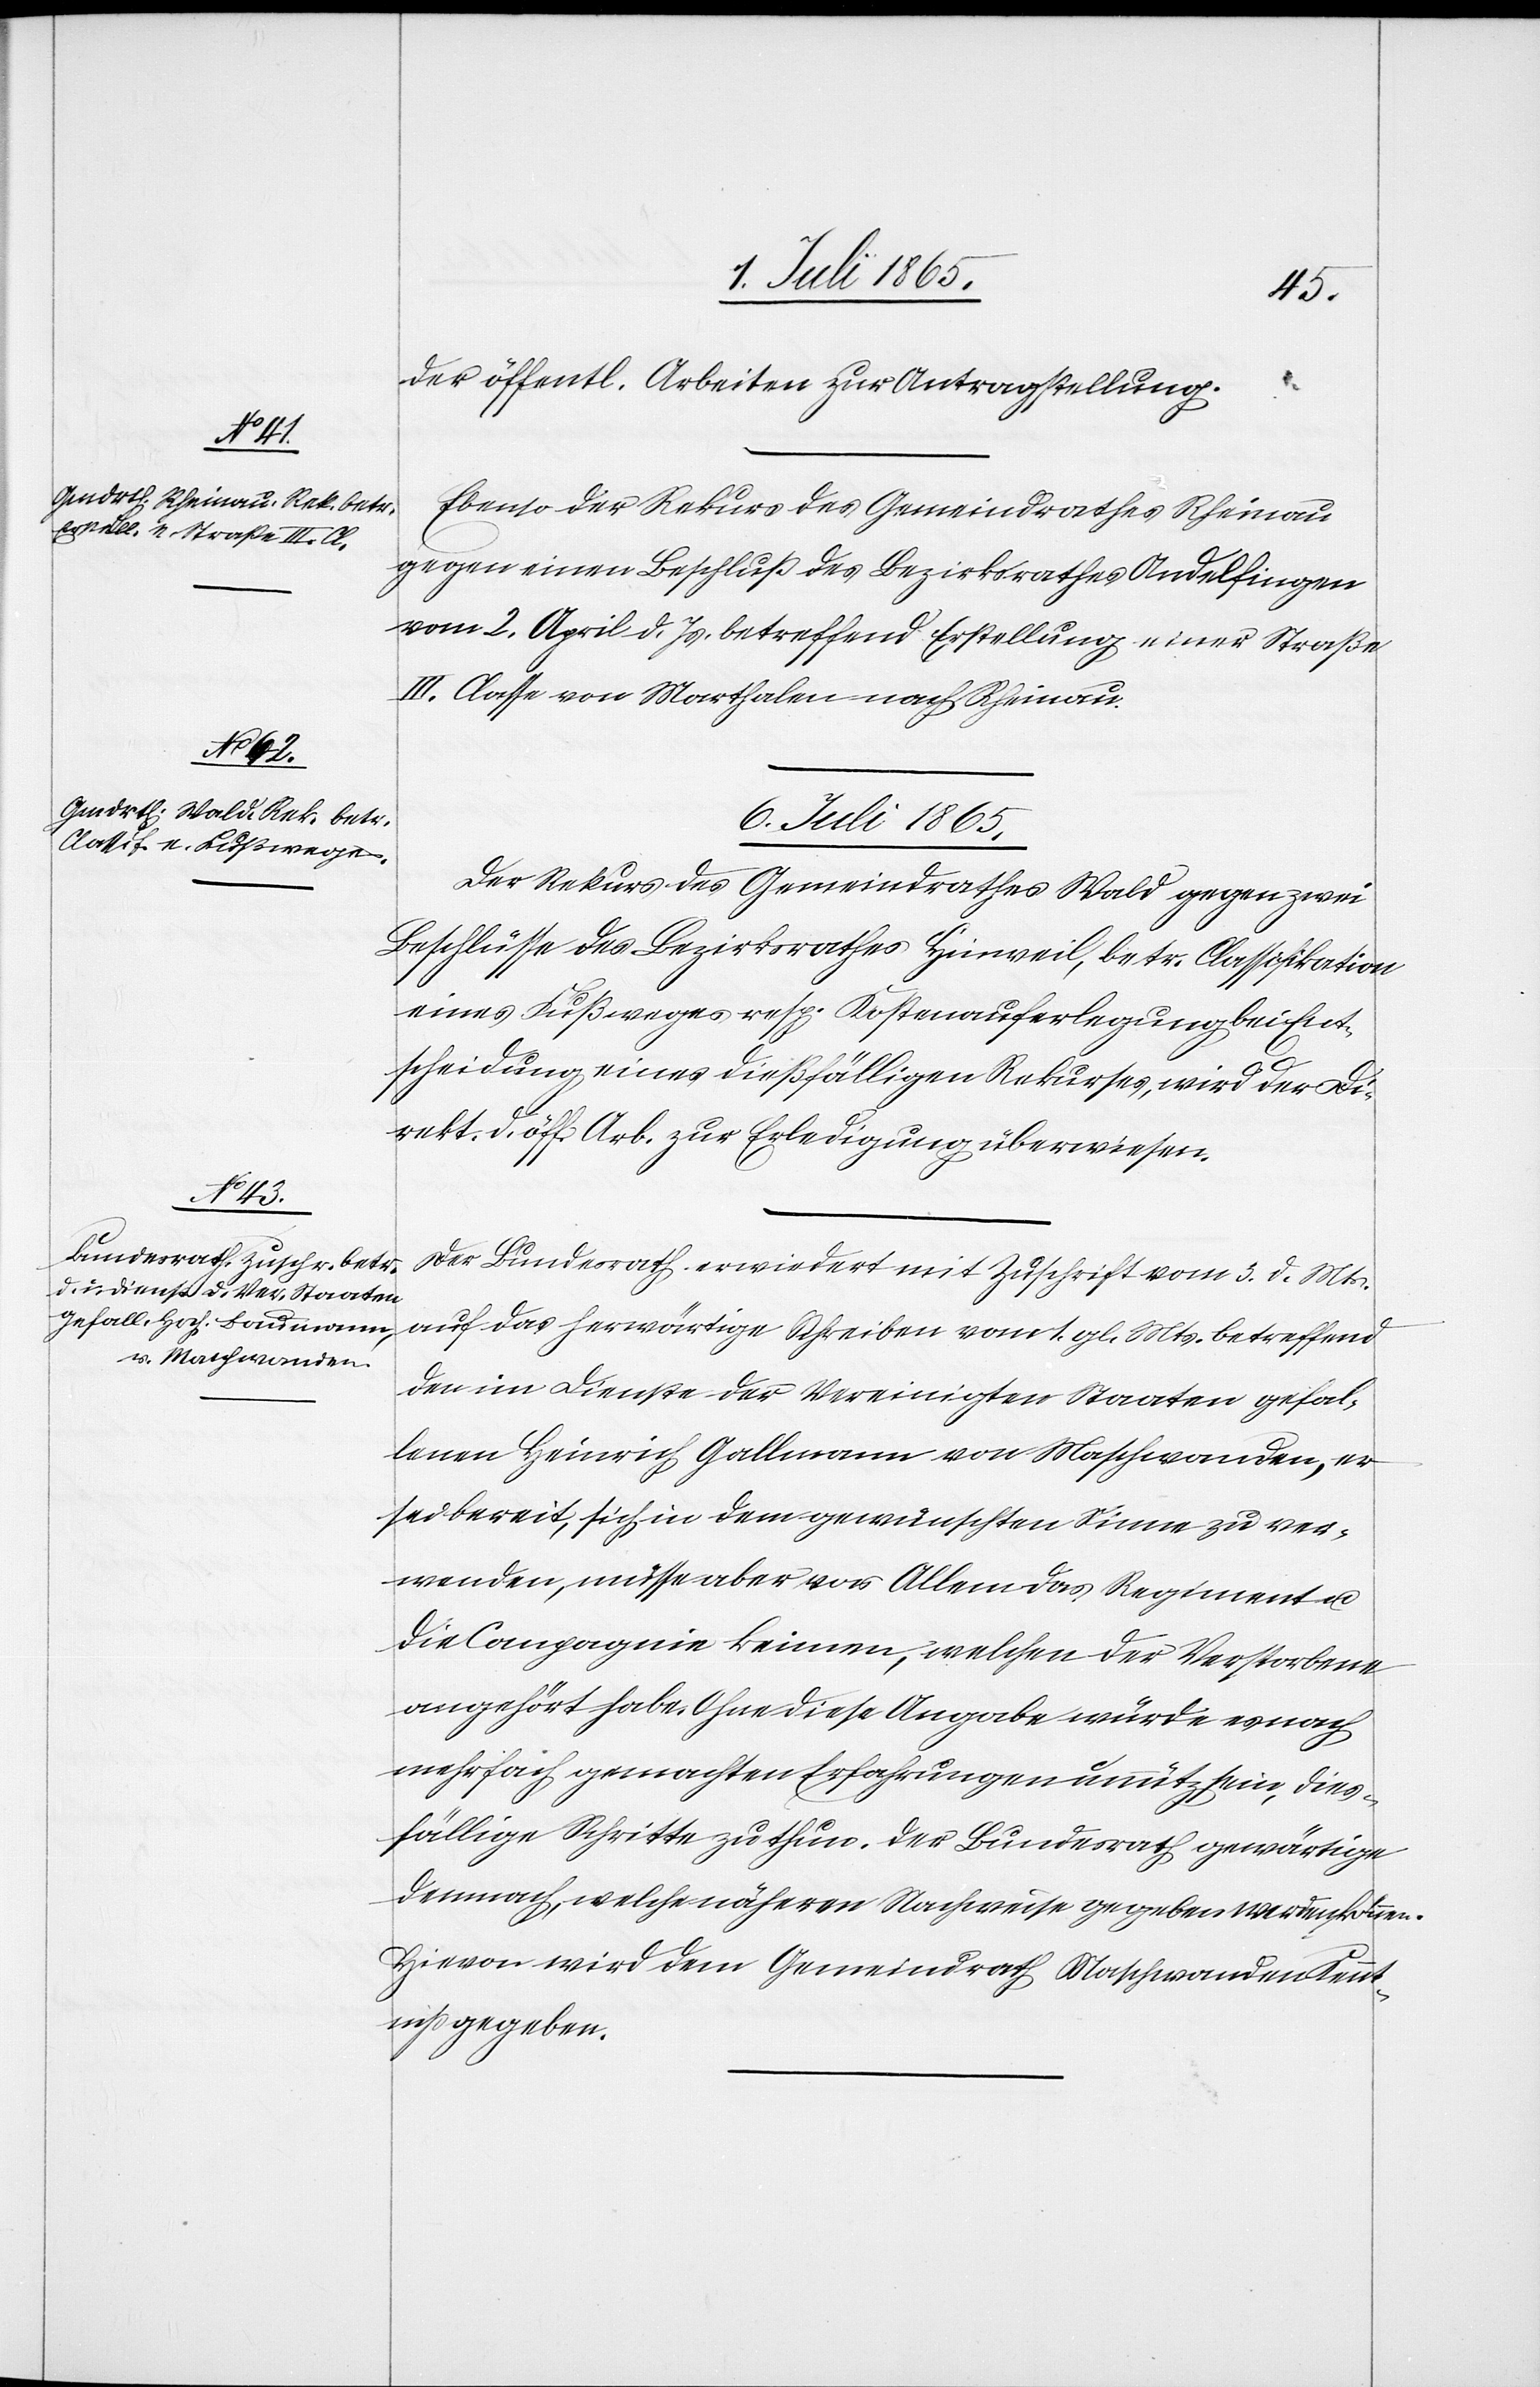
5. Juli 1865.]
der öffentl. Arbeiten zur Antragstellung.
Ebenso der Rekurs des Gemeindrathes Rheinau
gegen einen Beschluß des Bezirksrathes Andelfingen
vom 2. April d. Js. betreffend Erstellung einer Straße
III. Classe von Marthalen nach Rheinau.
6. Juli 1865.]
Der Rekurs des Gemeindrathes Wald gegen zwei
Beschlüsse des Bezirksrathes Hinweil, betr. Classifikation
eines Fußweges resp. Kostenauferlegung bei Ent¬
scheidung eines dießfälligen Rekurses, wird der Di¬
rekt. d. öff. Arb. zur Erledigung überwiesen.
Der Bundesrath erwiedert mit Zuschrift vom 5. d. Mts.
auf das herwärtige Schreiben vom 1. gl. Mts. betreffend
den im Dienste der Vereinigten Staaten gefal¬
lenen Heinrich Gallmann von Maschwanden, er
sei bereit, sich in dem gewünschten Sinne zu ver¬
wenden, müsse aber vor Allem das Regiment u.
die Compagnie kennen, welchen der Verstorbene
angehört habe. Ohne diese Angabe würde es nach
mehrfach gemachten Erfahrungen unnütz sein, dies¬
fällige Schritte zu thun. Der Bundesrath gewärtige
demnach, welche näheren Nachweise gegeben werden können.
Hievon wird dem Gemeindrath Maschwanden Kennt¬
niß gegeben.